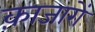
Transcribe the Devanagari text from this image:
क़ाजारों